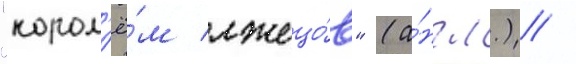
"корол'ё́м лжецо́в" (а́нгл.) /